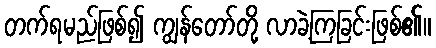
တက်ရမည်ဖြစ်၍ ကျွန်တော်တို့ လာခဲ့ကြခြင်းဖြစ်၏။